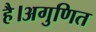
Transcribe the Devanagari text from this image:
है।अगुणित